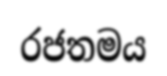
රජතමය